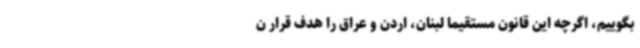
بگوییم، اگرچه این قانون مستقیماً لبنان، اردن و عراق را هدف قرار ن